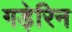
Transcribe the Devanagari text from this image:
गड़ेरिन